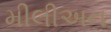
મીલીઅન